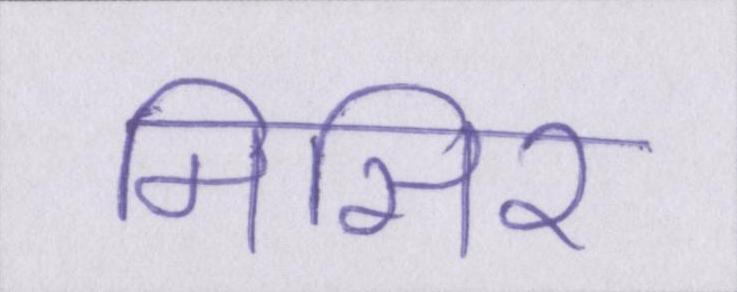
मिसिर